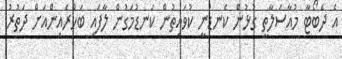
އެ ދެބޯޓާ މުއާސަލާތީ ގުޅުން ކެނޑުނީ ކުވައިތުން ކަނޑުމަގުން ލާފައި ބަހްރެއިންއަށް ދަތުރު